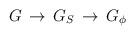
LaTeX: \begin{align*}G\, \rightarrow \, G_{S}\, \rightarrow \, G_{\phi }\end{align*}